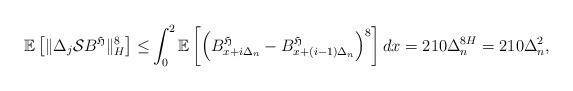
LaTeX: \begin{align*} \mathbb E\left[\|\Delta_j\mathcal SB^{\mathfrak H}\|_H^{8}\right]\leq & \int_0^2 \mathbb E \left[\left(B^{\mathfrak H}_{x+i\Delta_n}-B^{\mathfrak H}_{x+(i-1)\Delta_n}\right)^8 \right]dx= 210 \Delta_n^{8H}=210 \Delta_n^2,\end{align*}